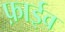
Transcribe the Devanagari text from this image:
फ़ाईव